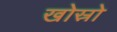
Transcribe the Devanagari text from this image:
खोस्रो